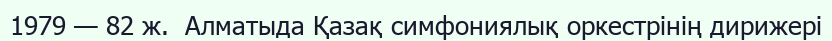
1979 — 82 ж.  Алматыда Қазақ симфониялық оркестрінің дирижері